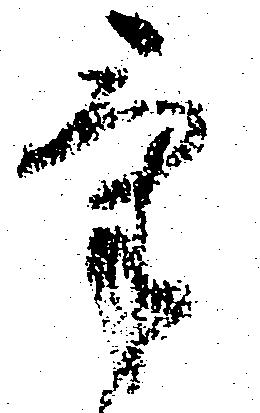
気